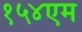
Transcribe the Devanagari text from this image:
१५४एम